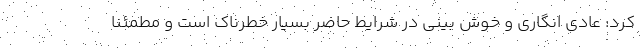
کرد: عادی انگاری و خوش بینی در شرایط حاضر بسیار خطرناک است و مطمئنا